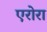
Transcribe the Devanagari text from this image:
एरोरा